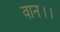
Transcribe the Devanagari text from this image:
वान।।